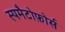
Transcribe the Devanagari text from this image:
स्पमैटोफ़ोर्स